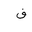
Letter: _fa